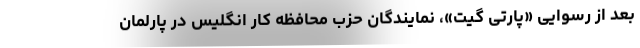
بعد از رسوایی «پارتی گیت»، نمایندگان حزب محافظه کار انگلیس در پارلمان